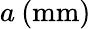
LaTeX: a\: (\mathrm{mm})